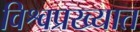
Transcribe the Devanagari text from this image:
विश्वप्रख्यात